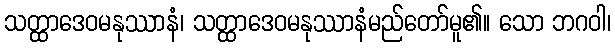
သတ္ထာဒေဝမနုဿာနံ၊ သတ္ထာဒေဝမနုဿာနံမည်တော်မူ၏။ သော ဘဂဝါ၊